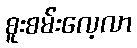
စူးစမ်းလေ့လာ